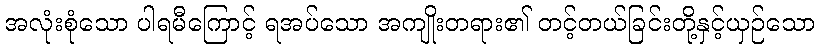
အလုံးစုံသော ပါရမီကြောင့် ရအပ်သော အကျိုးတရား၏ တင့်တယ်ခြင်းတို့နှင့်ယှဉ်သော